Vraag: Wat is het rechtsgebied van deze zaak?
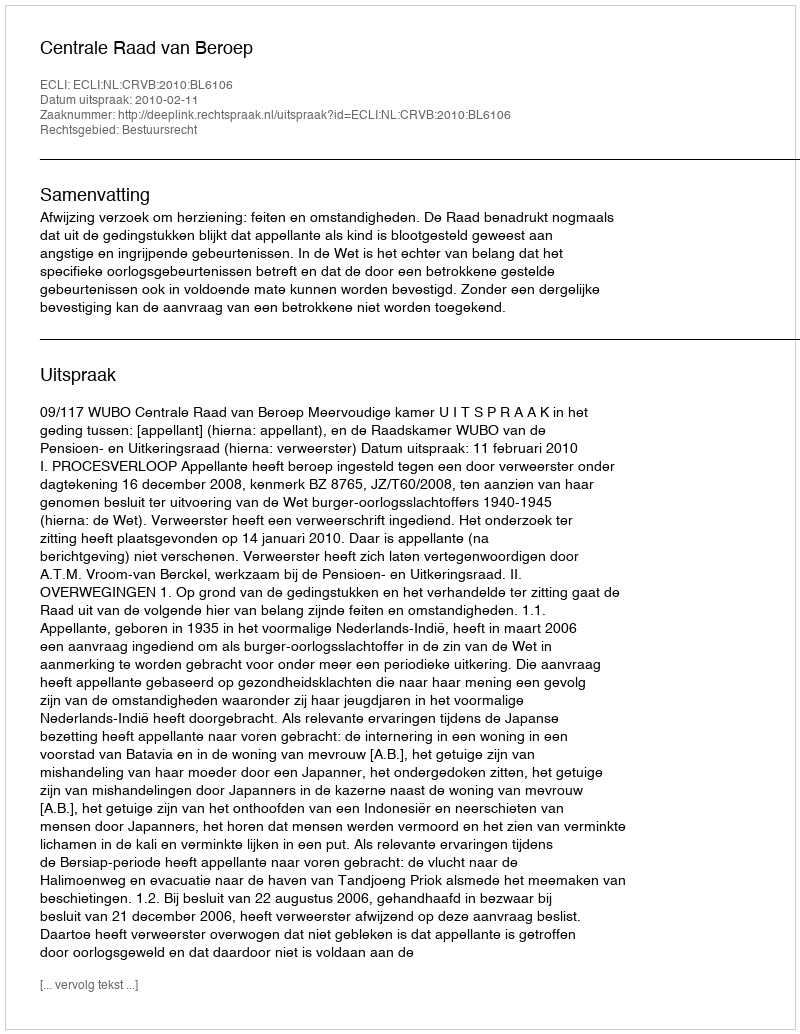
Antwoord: Bestuursrecht